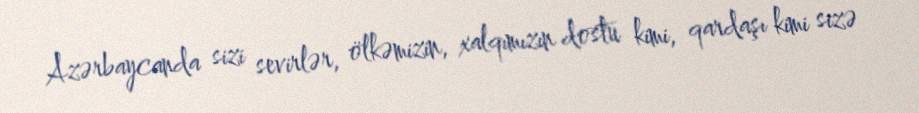
Azərbaycanda sizi sevirlər, ölkəmizin, xalqımızın dostu kimi, qardaşı kimi sizə